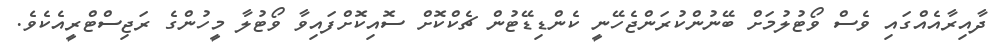
ދާއިރާއެއްގައި ވެސް ވޯޓުލުމަށް ބޭނުންކުރަންޖެހޭނީ ކެންޑިޑޭޓުން ޗެކްކޮށް ސޮއިކޮށްފައިވާ ވޯޓުލާ މީހުންގެ ރަޖިސްޓްރީއެކެވެ.